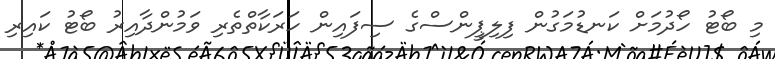
މި ބޯޓު ހޯދުމަށް ކަނޑުމަގުން ފިލިޕީންސްގެ ސިފައިން ހަރަކާތްތެރި ވަމުންދާއިރު ބޯޓު ކައިރި